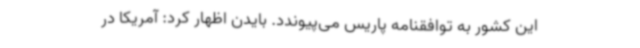
این کشور به توافقنامه پاریس می‌پیوندد. بایدن اظهار کرد: آمریکا در